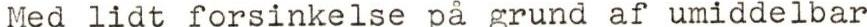
Med lidt forsinkelse på grund af umiddelbar